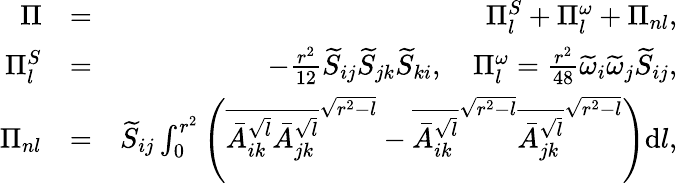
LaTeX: \begin{array}{rlr}{\Pi}&{=}&{\Pi_{l}^{S}+\Pi_{l}^{\omega}+\Pi_{nl},}\\ {\Pi_{l}^{S}}&{=}&{-\frac{r^{2}}{12}\widetilde{S}_{ij}\widetilde{S}_{jk}\widetilde{S}_{ki},\quad\Pi_{l}^{\omega}=\frac{r^{2}}{48}\widetilde{\omega}_{i}\widetilde{\omega}_{j}\widetilde{S}_{ij},}\\ {\Pi_{nl}}&{=}&{\widetilde{S}_{ij}\int_{0}^{r^{2}}\left(\overline{{\bar{A}_{ik}^{\sqrt{l}}\bar{A}_{jk}^{\sqrt{l}}}}^{\sqrt{r^{2}-l}}-\overline{{\bar{A}_{ik}^{\sqrt{l}}}}^{\sqrt{r^{2}-l}}\overline{{\bar{A}_{jk}^{\sqrt{l}}}}^{\sqrt{r^{2}-l}}\right)\mathrm{d}l,}\end{array}